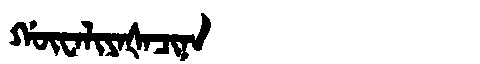
Manchu: ᡤᡡᠸᠠᠯᡳᠶᠠᡧᠠᠴᡳᠨᠠ
Romanization: GŪWALIYAŠACINA